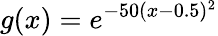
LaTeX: g(x)=e^{-50(x-0.5)^{2}}